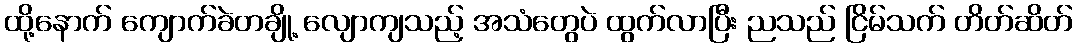
ထို့နောက် ကျောက်ခဲတချို့ လျောကျသည့် အသံတွေပဲ ထွက်လာပြီး ညသည် ငြိမ်သက် တိတ်ဆိတ်